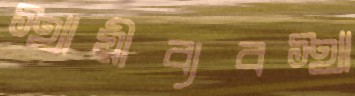
স্থায়ীব্যবস্থা